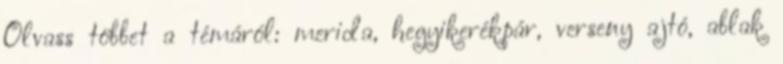
Olvass többet a témáról: merida, hegyikerékpár, verseny ajtó, ablak